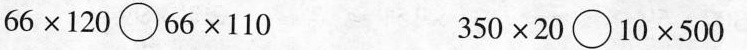
$$6 6 \times 1 2 0 \circ 6 6 \times 1 1 0$$ $$3 5 0 \times 2 0 \circ 1 0 \times 5 0 0$$